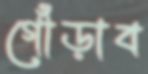
গোঁড়াব